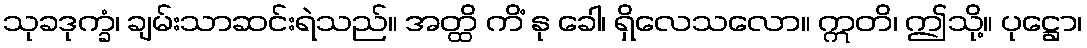
သုခဒုက္ခံ၊ ချမ်းသာဆင်းရဲသည်။ အတ္ထိ ကိံ နု ခေါ၊ ရှိလေသလော။ ဣတိ၊ ဤသို့။ ပုဋ္ဌော၊